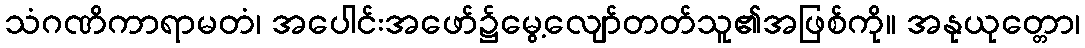
သံဂဏိကာရာမတံ၊ အပေါင်းအဖော်၌မွေ့လျော်တတ်သူ၏အဖြစ်ကို။ အနုယုတ္တော၊